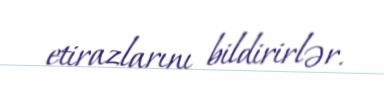
etirazlarını bildirirlər.